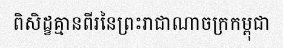
ពិសិដ្ខគ្មានពីរនៃព្រះរាជាណាចក្រកម្ពុជា